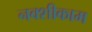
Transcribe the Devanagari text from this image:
नक्शीकाम